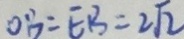
O B = E B = 2 \sqrt { 2 }